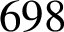
6 9 8